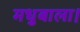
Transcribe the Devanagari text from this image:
मधुबाला।